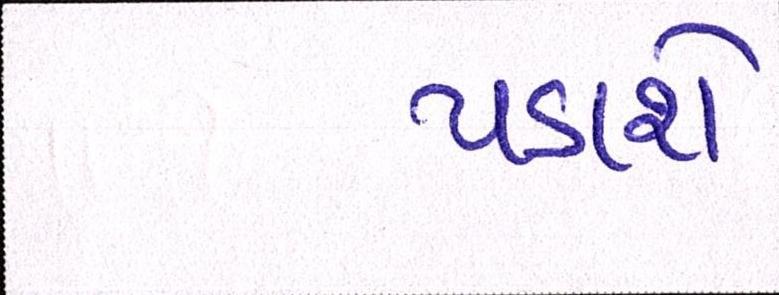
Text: પડાશે